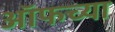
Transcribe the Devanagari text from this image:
ऑफच्या